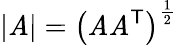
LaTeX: |\mathit{A}|=\left(\mathit{A}\mathit{A}^{\textsf{{T}}}\right)^{\frac{{1}}{{2}}}